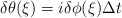
\begin{align*}\delta\theta(\xi)=i\delta\phi(\xi)\Delta t\end{align*}